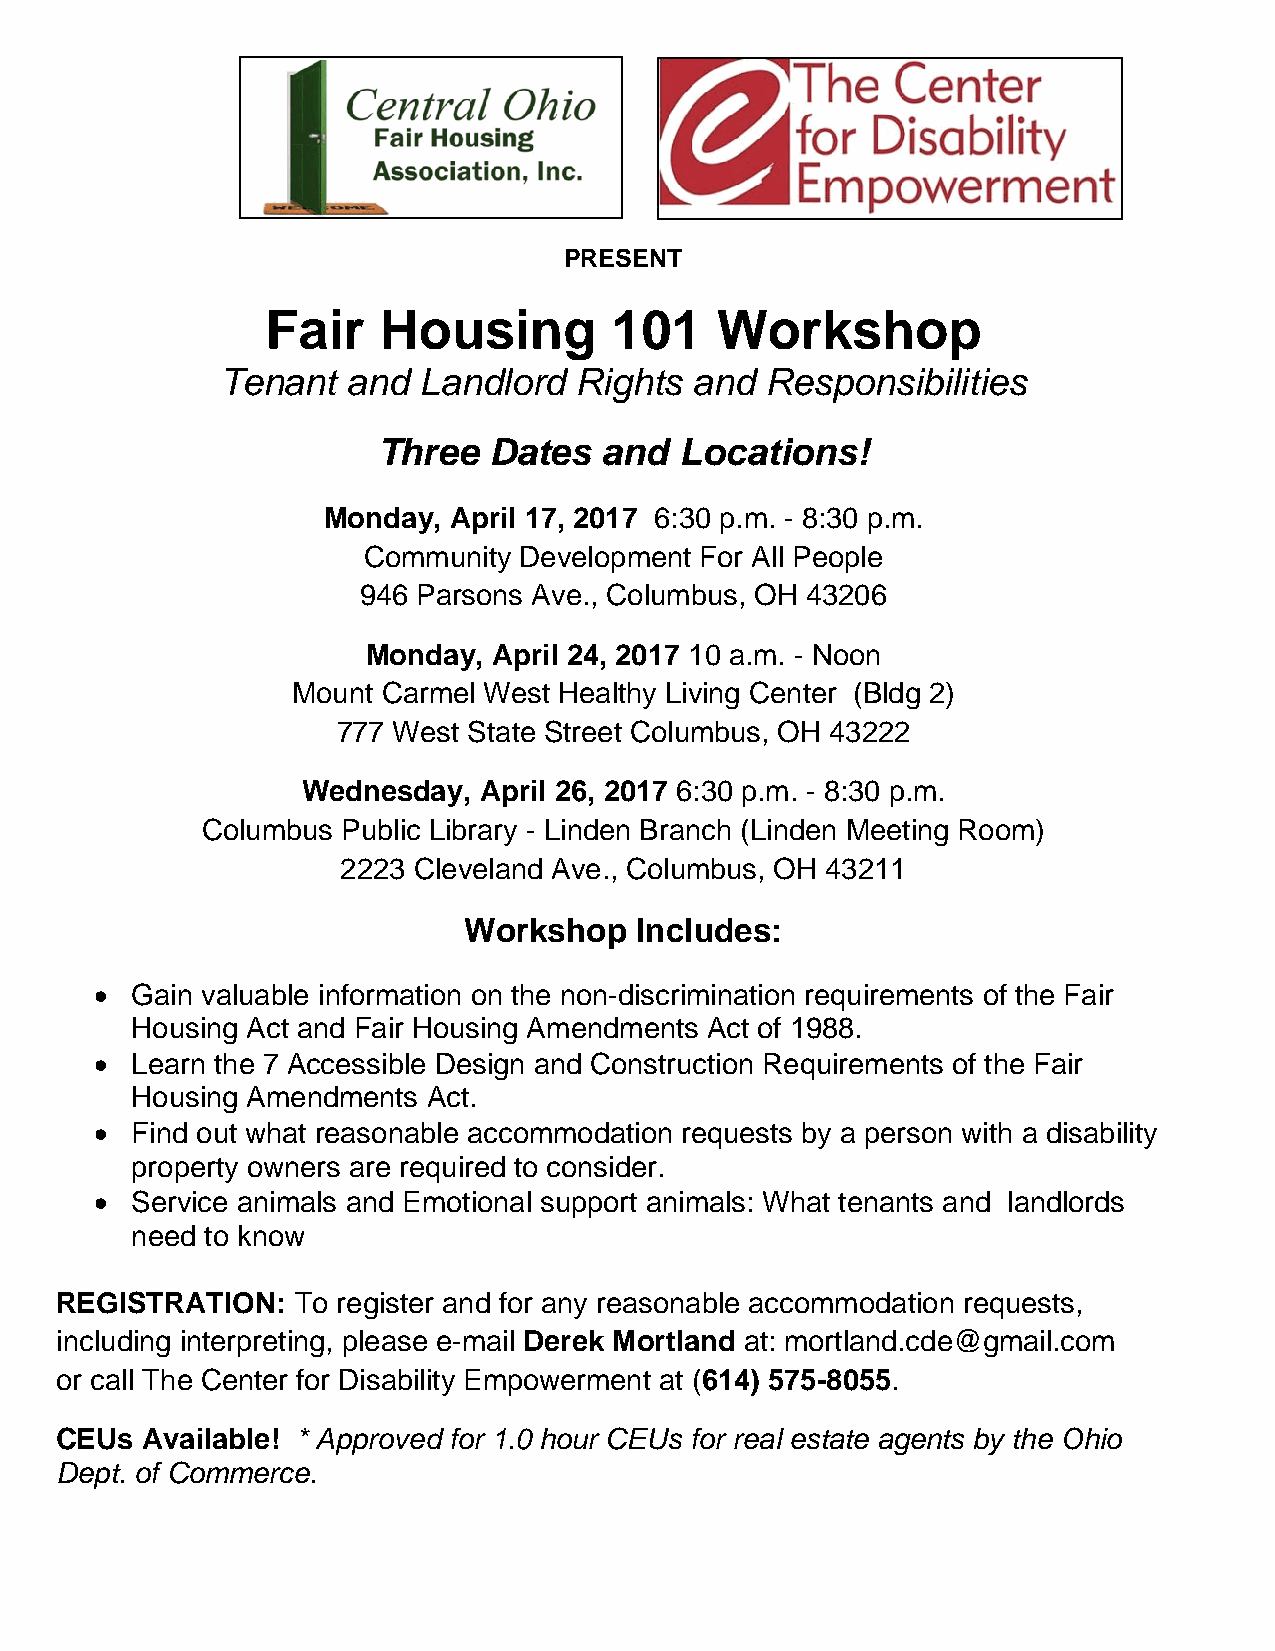
PRESENT
 Fair   Housing        101    Workshop
 Tenant  and  Landlord  Rights  and  Responsibilities
 Three  Dates   and  Locations!
 Monday,  April 17, 2017 6:30 p.m. - 8:30 p.m.
 Community Development For All People
 946 Parsons Ave., Columbus, OH 43206
 Monday,  April 24, 2017 10 a.m. - Noon
 Mount Carmel West Healthy Living Center (Bldg 2)
 777 West State Street Columbus, OH 43222
 Wednesday,  April 26, 2017 6:30 p.m. - 8:30 p.m.
 Columbus  Public Library - Linden Branch (Linden Meeting Room)
 2223 Cleveland Ave., Columbus, OH 43211
 Workshop   Includes:
 •  Gain valuable information on the non-discrimination requirements of the Fair
 Housing Act and Fair Housing Amendments Act of 1988.
 •  Learn the 7 Accessible Design and Construction Requirements of the Fair
 Housing Amendments Act.
 •  Find out what reasonable accommodation requests by a person with a disability
 property owners are required to consider.
 •  Service animals and Emotional support animals: What tenants and landlords
 need to know
 REGISTRATION:  To register and for any reasonable accommodation requests,
 including interpreting, please e-mail Derek Mortland at: mortland.cde@gmail.com
 or call The Center for Disability Empowerment at (614) 575-8055.
 CEUs Available! * Approved for 1.0 hour CEUs for real estate agents by the Ohio
 Dept. of Commerce.